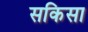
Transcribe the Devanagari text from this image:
सकिसा